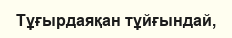
Тұғырдаяқан тұйғындай,